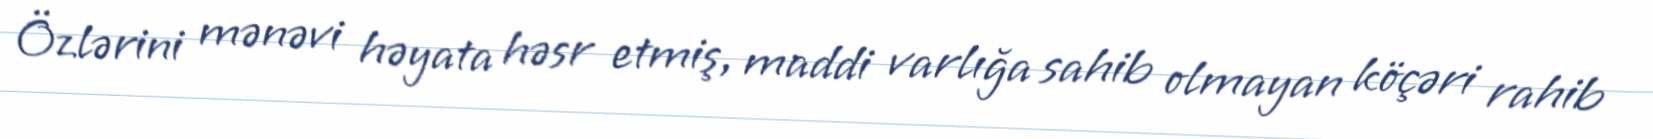
Özlərini mənəvi həyata həsr etmiş, maddi varlığa sahib olmayan köçəri rahib